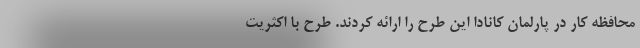
محافظه کار در پارلمان کانادا این طرح را ارائه کردند. طرح با اکثریت